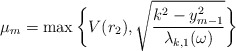
\begin{align*}\mu_m = \max \bigg\{ V(r_2), \sqrt{\frac{k^2 - y_{m-1}^2}{\lambda_{k,1}(\omega)}} \bigg\}\end{align*}